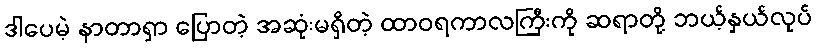
ဒါပေမဲ့ နာတာရှာ ပြောတဲ့ အဆုံးမရှိတဲ့ ထာဝရကာလကြီးကို ဆရာတို့ ဘယ့်နှယ်လုပ်